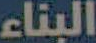
البناء